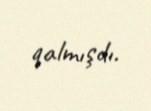
qalmışdı.